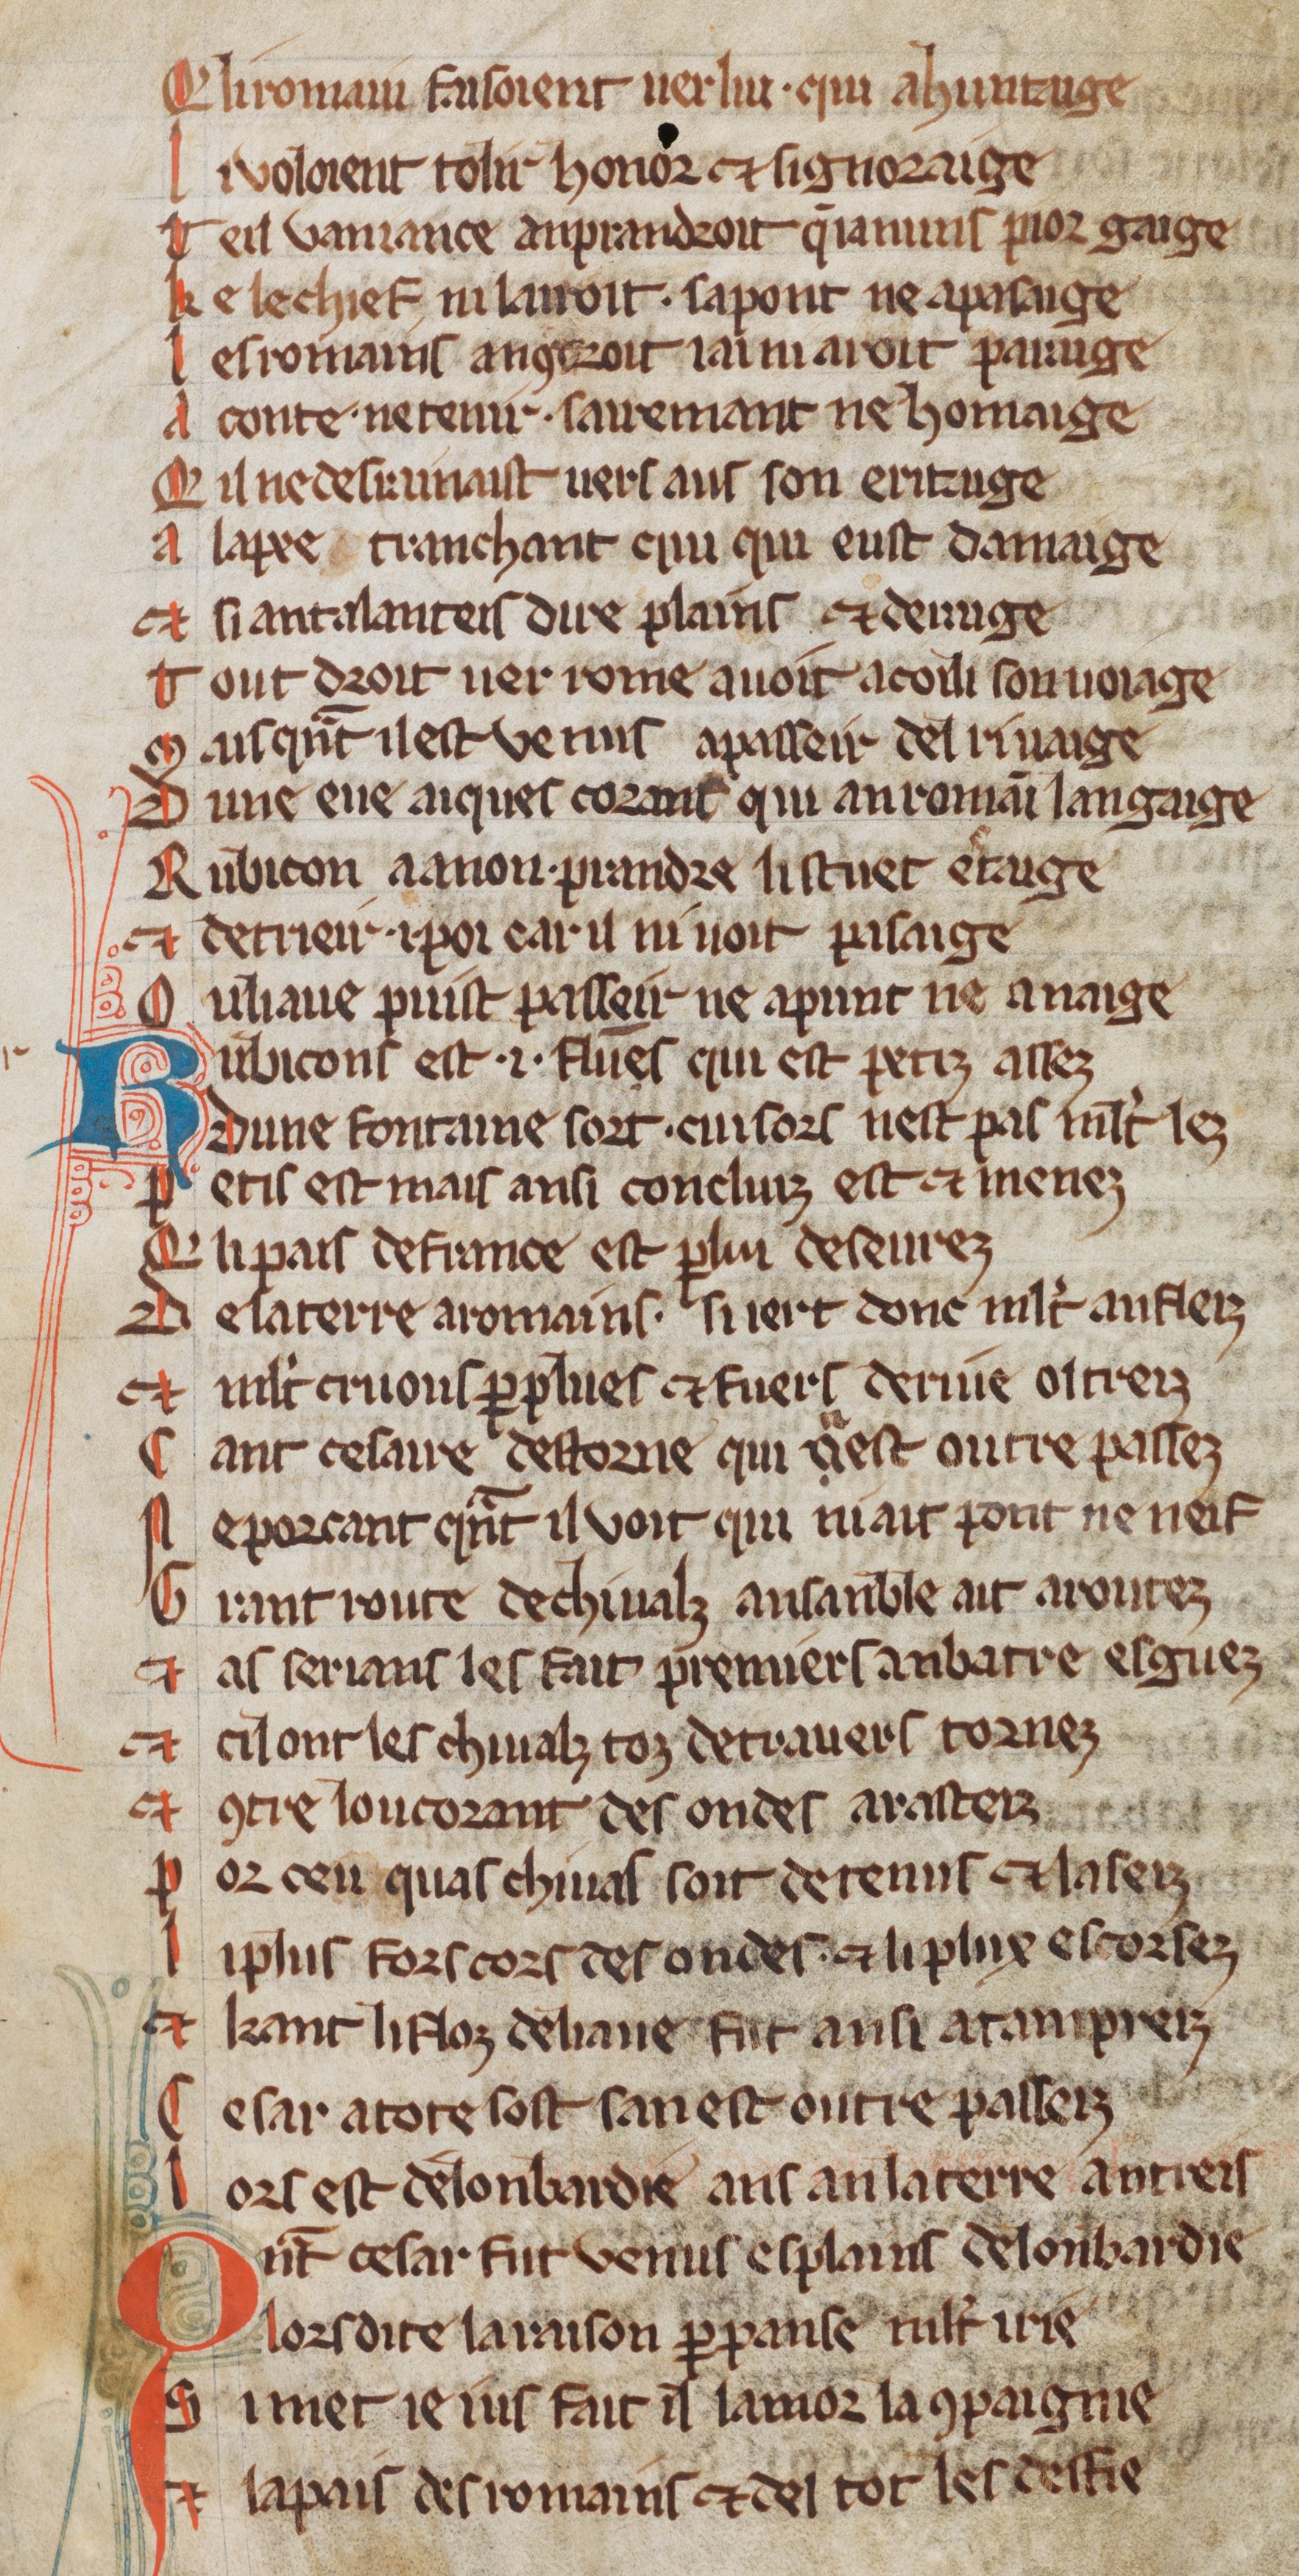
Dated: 1270–1330